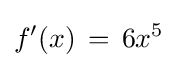
f'(x)\,=\,6x^{5}